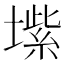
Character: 𱗺